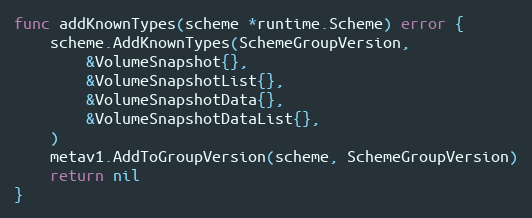
Language: Go
func addKnownTypes(scheme *runtime.Scheme) error {
	scheme.AddKnownTypes(SchemeGroupVersion,
		&VolumeSnapshot{},
		&VolumeSnapshotList{},
		&VolumeSnapshotData{},
		&VolumeSnapshotDataList{},
	)
	metav1.AddToGroupVersion(scheme, SchemeGroupVersion)
	return nil
}